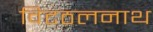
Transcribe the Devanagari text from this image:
विटठलनाथ